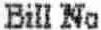
BILL NO